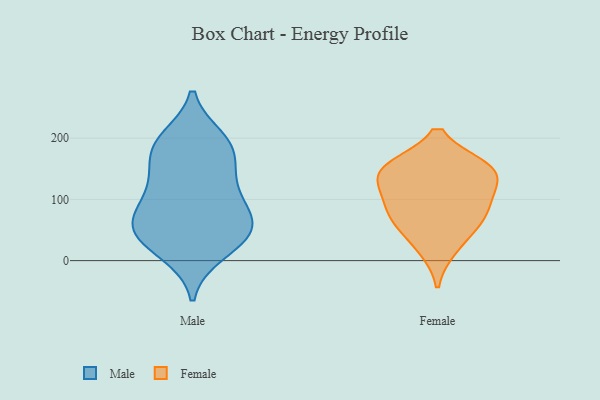
{"axis": {"x": "Gross Profit (USD K)", "y": "Value"}, "legend": ["Female", "Male"], "data": [{"x": "", "y": 110, "type": "Male"}, {"x": "", "y": 142, "type": "Male"}, {"x": "", "y": 186, "type": "Male"}, {"x": "", "y": 40, "type": "Male"}, {"x": "", "y": 60, "type": "Male"}, {"x": "", "y": 62, "type": "Male"}, {"x": "", "y": 187, "type": "Male"}, {"x": "", "y": 51, "type": "Male"}, {"x": "", "y": 113, "type": "Male"}, {"x": "", "y": 155, "type": "Male"}, {"x": "", "y": 95, "type": "Male"}, {"x": "", "y": 192, "type": "Male"}, {"x": "", "y": 54, "type": "Male"}, {"x": "", "y": 58, "type": "Male"}, {"x": "", "y": 199, "type": "Male"}, {"x": "", "y": 12, "type": "Male"}, {"x": "", "y": 18, "type": "Male"}, {"x": "", "y": 106, "type": "Female"}, {"x": "", "y": 151, "type": "Female"}, {"x": "", "y": 146, "type": "Female"}, {"x": "", "y": 152, "type": "Female"}, {"x": "", "y": 73, "type": "Female"}, {"x": "", "y": 55, "type": "Female"}, {"x": "", "y": 76, "type": "Female"}, {"x": "", "y": 149, "type": "Female"}, {"x": "", "y": 112, "type": "Female"}, {"x": "", "y": 19, "type": "Female"}]}